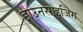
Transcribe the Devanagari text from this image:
डाउनसाइजिंग